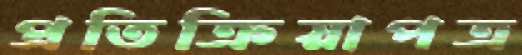
প্রতিক্রিয়াপত্র